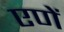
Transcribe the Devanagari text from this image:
एणें